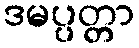
ဒမပ္ပတ္တာ